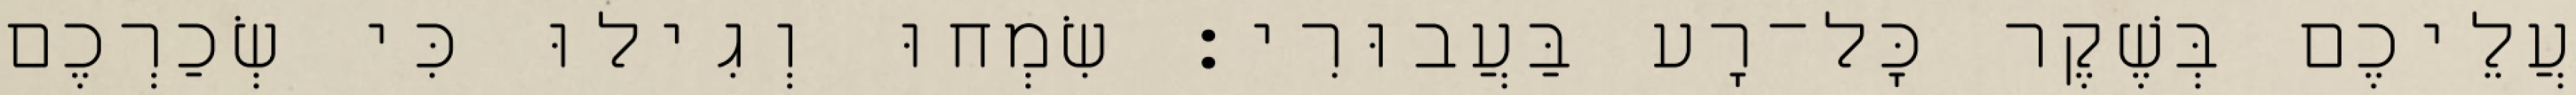
עֲלֵיכֶם בְּשֶׁקֶר כָּל־רָע בַּעֲבוּרִי׃ שִׂמְחוּ וְגִילוּ כִּי שְׂכַרְכֶם